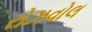
રોઝવોલ